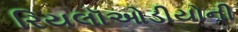
રિયલૉઓડીયોની